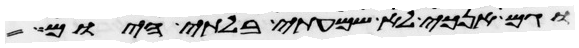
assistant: וגם אנכי לא שמעתי בלתי היום